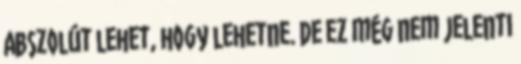
Abszolút lehet, hogy lehetne. De ez még nem jelenti